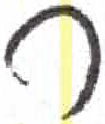
אות: ר